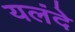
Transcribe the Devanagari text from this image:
यलंदे